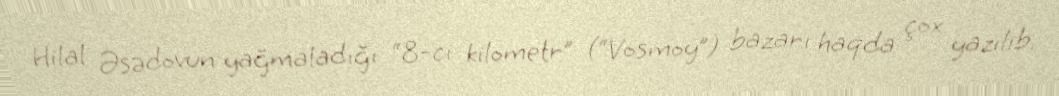
Hilal Əsədovun yağmaladığı “8-ci kilometr” (“Vosmoy”) bazarı haqda çox yazılıb.